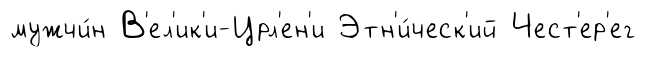
мужчи́н В'ел'ик'и-Црл'ен'и Этн'и́ческ'ий Чест'ер'ег